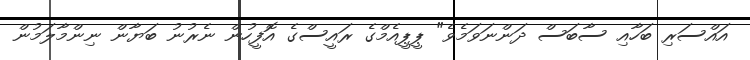
އައްސަރި ބަހާއި ސާބަސް ދަންނަވަމެވެ" ޕީޕީއެމްގެ ރައީސްގެ އޮފީހުން ނެރުނު ބަޔާން ނިންމާލަމުން